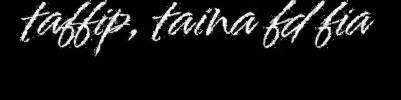
taffip, taina fd fia